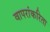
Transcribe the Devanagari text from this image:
वापरांकरिता